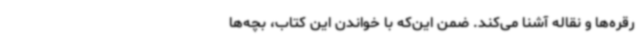
رقره‌ها و نقاله آشنا می‌کند. ضمن این‌که با خواندن این کتاب، بچه‌ها